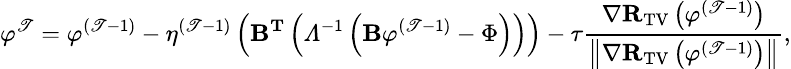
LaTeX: \small{\varphi}^{\mathscr{T}}={\varphi}^{(\mathscr{T}-1)}-\eta^{(\mathscr{T}-1)}\left(\mathbf{{B}}^{\mathbf{{T}}}\left(\varLambda^{-1}\left(\mathbf{{B}}{\varphi}^{(\mathscr{T}-1)}-\Phi\right)\right)\right)-\tau\frac{{\nabla\mathbf{{R}}_{\mathrm{{TV}}}\left({\varphi}^{(\mathscr{T}-1)}\right)}}{{\left\| \nabla\mathbf{{R}}_{\mathrm{{TV}}}\left({\varphi}^{(\mathscr{T}-1)}\right)\right\| }},